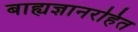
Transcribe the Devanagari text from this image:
बाह्यज्ञानरहित